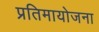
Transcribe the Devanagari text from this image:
प्रतिमायोजना